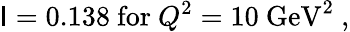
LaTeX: \mathsf{I}=0.138\mathrm{{~for~}}Q^{2}=10\mathrm{{~GeV}}^{2}~,